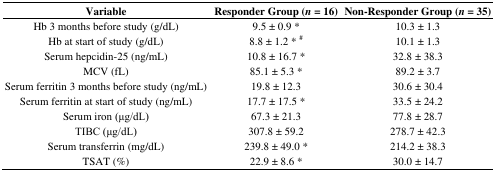
<table><thead><tr><td><b>Variable</b></td><td><b>Responder Group (<i>n</i> = 16)</b></td><td><b>Non-Responder Group (<i>n</i> = 35)</b></td></tr></thead><tbody><tr><td>Hb 3 months before study (g/dL)</td><td>9.5 ± 0.9 *</td><td>10.3 ± 1.3</td></tr><tr><td>Hb at start of study (g/dL)</td><td>8.8 ± 1.2 * <sup>#</sup></td><td>10.1 ± 1.3</td></tr><tr><td>Serum hepcidin-25 (ng/mL)</td><td>10.8 ± 16.7 *</td><td>32.8 ± 38.3</td></tr><tr><td>MCV (fL)</td><td>85.1 ± 5.3 *</td><td>89.2 ± 3.7</td></tr><tr><td>Serum ferritin 3 months before study (ng/mL)</td><td>19.8 ± 12.3</td><td>30.6 ± 30.4</td></tr><tr><td>Serum ferritin at start of study (ng/mL)</td><td>17.7 ± 17.5 *</td><td>33.5 ± 24.2</td></tr><tr><td>Serum iron (μg/dL)</td><td>67.3 ± 21.3</td><td>77.8 ± 28.7</td></tr><tr><td>TIBC (μg/dL)</td><td>307.8 ± 59.2</td><td>278.7 ± 42.3</td></tr><tr><td>Serum transferrin (mg/dL)</td><td>239.8 ± 49.0 *</td><td>214.2 ± 38.3</td></tr><tr><td>TSAT (%)</td><td>22.9 ± 8.6 *</td><td>30.0 ± 14.7</td></tr></tbody></table>